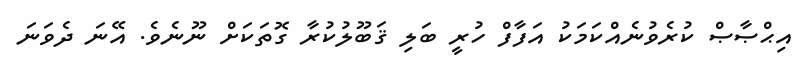
އިޙްޞާޞް ކުރެވުނެއްކަމަކު އަފާފް ހުރީ ބަލި ޤަބޫލުކުރާ ގޮތަކަށް ނޫނެވެ. އޭނަ ދެވަނަ